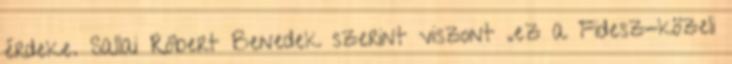
érdeke. Sallai Róbert Benedek szerint viszont „ez a Fidesz-közeli